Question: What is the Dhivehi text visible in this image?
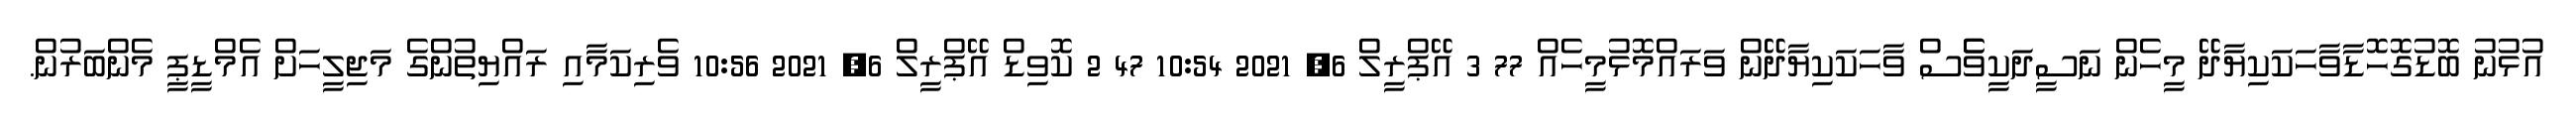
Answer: އުޅުނު ބޮޑުގޮހޮޑާވާހަކަކިޔާދޭ މީހެން ނަސީދަކީވެެސް ވާހަކަކިޔާދޭން ވަރައްމޮޅުމީހެއް 77 3 އޭޕްރީލް 6, 2021 10:54 47 2 ކޮވިޑް އޭޕްރީލް 6, 2021 10:56 ވެރިކަމާއި ރައްޔިތުންގެ މަޖިލީހަށް އެމްޑީޕީ މެންބަރުން.